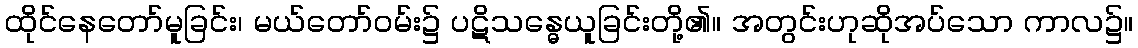
ထိုင်နေတော်မူခြင်း၊ မယ်တော်ဝမ်း၌ ပဋိသန္ဓေယူခြင်းတို့၏။ အတွင်းဟုဆိုအပ်သော ကာလ၌။